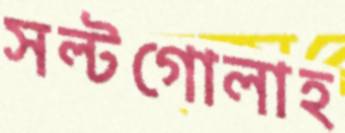
সল্টগোলাহ